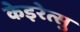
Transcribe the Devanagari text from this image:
केइरेत्सु